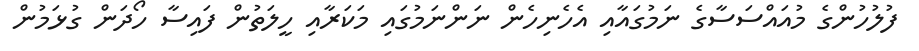
ފުލުހުންގެ މުއައްސަސާގެ ނަމުގައާއި އެހެނިހެން ނަންނަމުގައި މަކަރާއި ހީލަތުން ފައިސާ ހޯދަން ގުޅަމުން